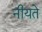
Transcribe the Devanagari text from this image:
नीयते